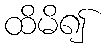
ထိမိ၍